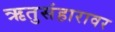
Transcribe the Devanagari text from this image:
ऋतुसंहारावर